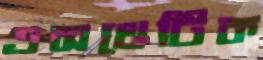
এসথেটিক